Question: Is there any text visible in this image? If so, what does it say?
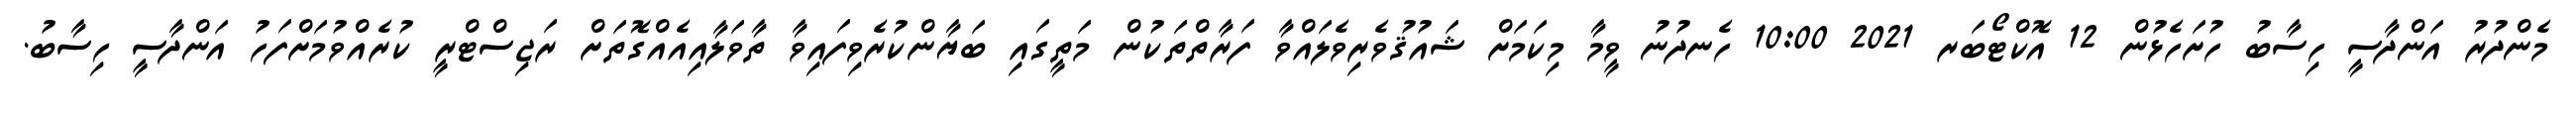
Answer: މެންދުރު އަންދާސީ ހިސާބު ހުށަހެޅުން 12 އޮކްޓޯބަރ 2021 10:00 ހެނދުނު ވީމާ މިކަމަށް ޝައުޤުވެރިވެލައްވާ ފަރާތްތަކުން މަތީގައި ބަޔާންކުރެވިފައިވާ ތާވަލާއިއެއްގޮތަށް ރަޖިސްޓްރީ ކުރެއްވުމަށްފަހު އަންދާސީ ހިސާބު.